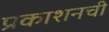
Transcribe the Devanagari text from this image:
प्रकाशनची